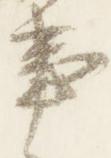
事